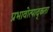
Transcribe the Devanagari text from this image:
प्रभावोत्पाद्कता